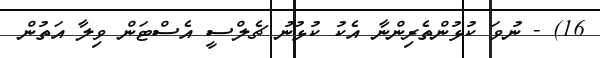
16) - ނުވަ ކުޅުންތެރިންނާ އެކު ކުޅުނު ޗެލްސީ އެސްޓަން ވިލާ އަތުން